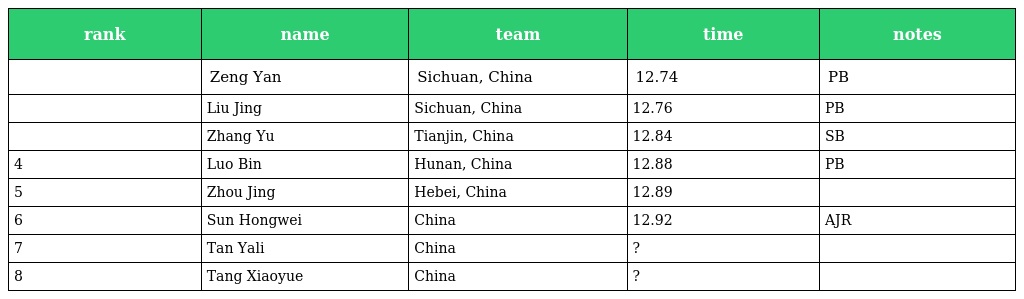
| rank | name | team | time | notes |
 | --- | --- | --- | --- | --- |
 |  | Zeng Yan | Sichuan, China | 12.74 | PB |
 |  | Liu Jing | Sichuan, China | 12.76 | PB |
 |  | Zhang Yu | Tianjin, China | 12.84 | SB |
 | 4 | Luo Bin | Hunan, China | 12.88 | PB |
 | 5 | Zhou Jing | Hebei, China | 12.89 |  |
 | 6 | Sun Hongwei | China | 12.92 | AJR |
 | 7 | Tan Yali | China | ? |  |
 | 8 | Tang Xiaoyue | China | ? |  |